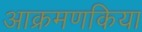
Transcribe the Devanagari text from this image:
आक्रमणकिया